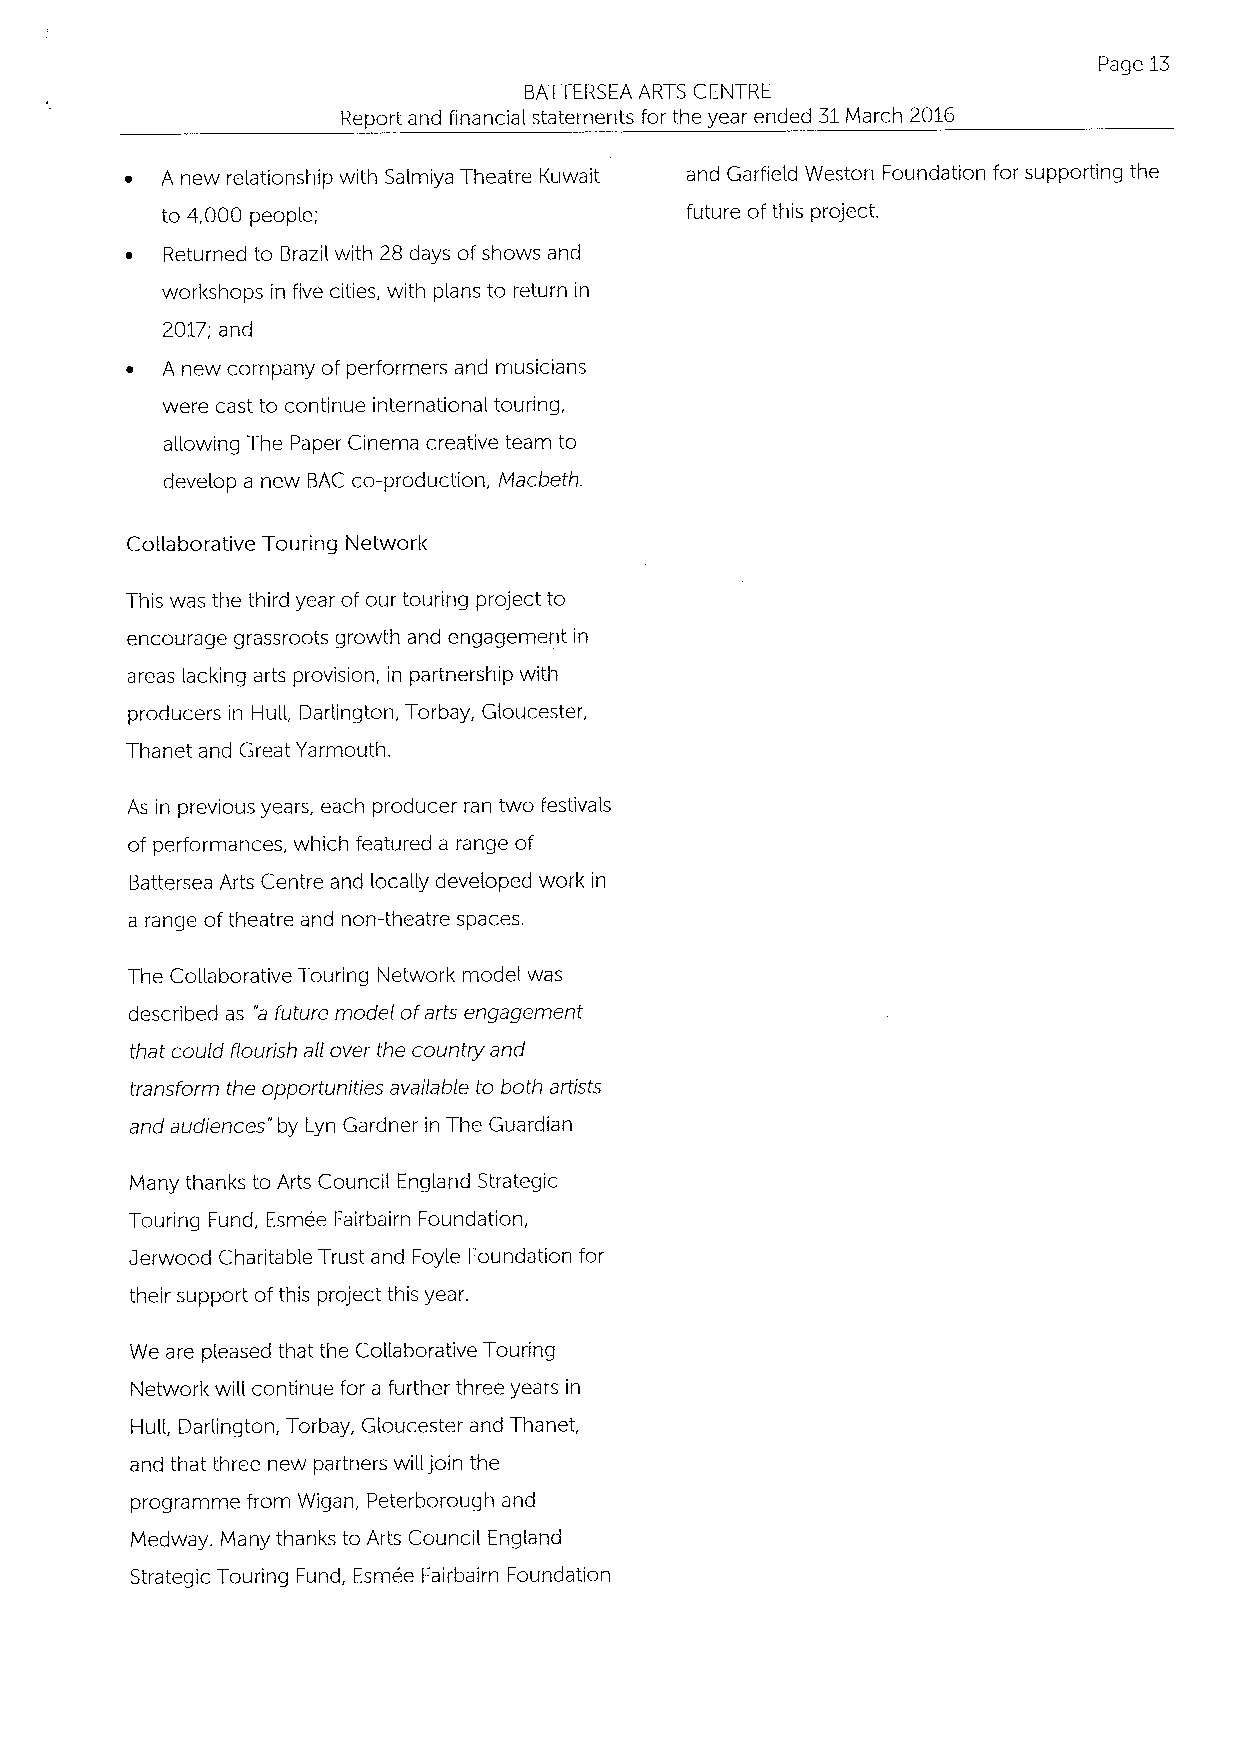
Page 13
 BATTERSEA ARTS CENTRE
 Report and financial statements for the year ended 31March 2016
 ~  A new relationship with Salmiya Theatre Kuwait and Garfield Weston Foundation for supporting the
 to 4,000 people;                  future of this project.
 ~  Returned to Brazil with 28 days of shows and
 workshops in five cities, with plans to return in
 2017; and
 ~  A new company of performers and musicians
 were cast to continue international touring,
 allowing The Paper Cinema creative team to
 develop a new BAC co-production, Macbeth.
 Collaborative Touring Network
 This was the third year of our touring project to
 encourage grassroots growth and engagement in
 areas lacking arts provision, in partnership with
 producers in Hull, Darlington, Torbay, Gloucester,
 Thanet and Great Yarmouth.
 As in previous years, each producer ran two festivals
 of performances, which featured a range of
 Battersea Arts Centre and locally developed work in
 a range oftheatre and non-theatre spaces.
 The Collaborative Touring Network model was
 described as a future model ofarts engagement
 that could flourish all over the country and
 transform the opportunities available to both artists
 and audiences" by Lyn Gardner in The Guardian
 Many thanks to Arts Council England Strategic
 Touring Fund, Esmee Fairbairn Foundation,
 sherwood Charitable Trust and Foyle Foundation for
 their support ofthis project this year.
 We are pleased that the Collaborative Touring
 Network will continue for a further three years in
 Hull, Darlington, Torbay, Gloucester and Thanet,
 and that three new partners will join the
 programme from Wigan, Peterborough and
 Medway. Many thanks to Arts Council England
 Strategic Touring Fund, Esmee Fairbairn Foundation